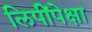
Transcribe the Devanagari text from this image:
लिपींपेक्षा